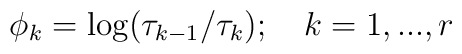
\phi _{k}=\log (\tau _{k-1}/\tau _{k});\quad k=1,...,r